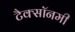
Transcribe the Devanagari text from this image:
टैक्सॉनमी